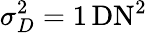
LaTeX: \sigma_{D}^{2}=1\, \mathrm{DN}^{2}